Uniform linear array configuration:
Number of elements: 16
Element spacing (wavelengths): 0.75
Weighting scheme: blackman
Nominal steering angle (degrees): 0
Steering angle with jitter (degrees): -0.2564
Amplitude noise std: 0.05
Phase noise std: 0.05

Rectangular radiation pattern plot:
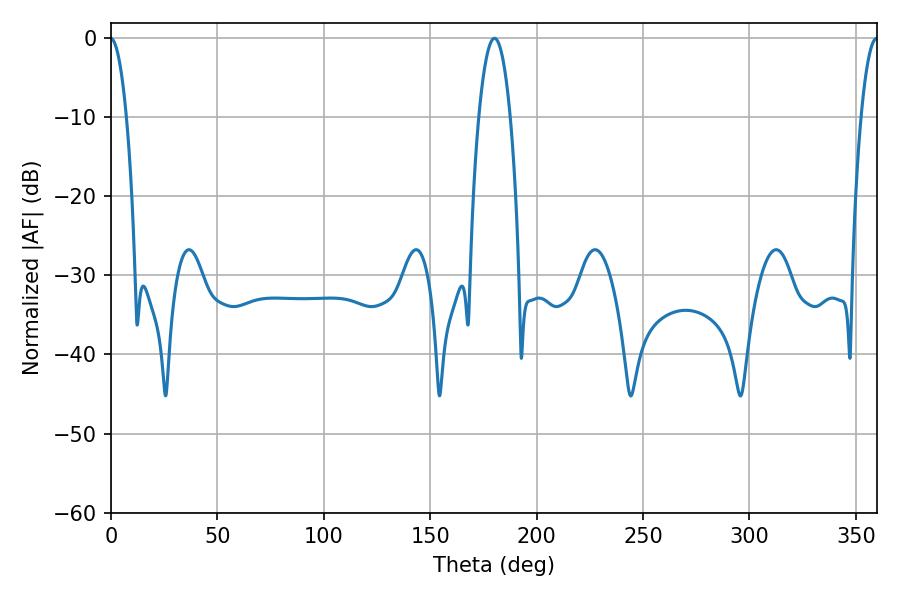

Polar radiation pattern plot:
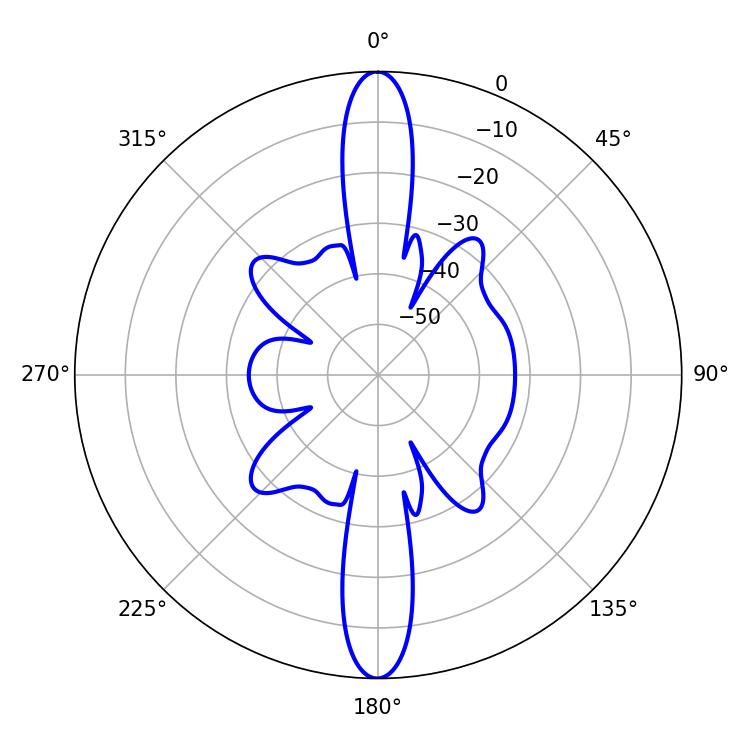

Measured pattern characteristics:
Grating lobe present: TRUE
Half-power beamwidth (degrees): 8.28
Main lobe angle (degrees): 180.18